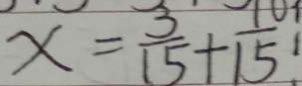
x = \frac { 3 } { 1 5 } + \frac { 1 0 } { 1 5 }